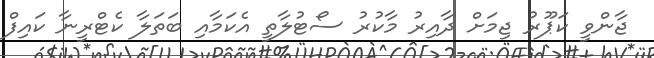
ޖާންވީ ކަޕޫރު ޖިމަށް ދާއިރު މާކުރު ސޯޓުލާތީ އެކަމާއި ބަތަލާ ކެޓްރީނާ ކައިފް